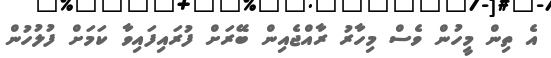
އެ ތިން މީހުން ވެސް މިހާރު ރާއްޖެއިން ބޭރަށް ފުރައިފައިވާ ކަމަށް ފުލުހުން